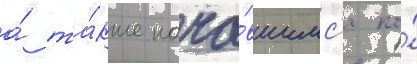
а́ та́кже нача́вшимс'я по́